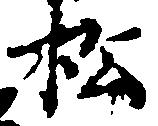
松